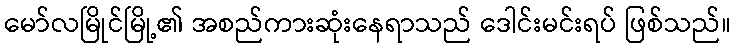
မော်လမြိုင်မြို့၏ အစည်ကားဆုံးနေရာသည် ဒေါင်းမင်းရပ် ဖြစ်သည်။